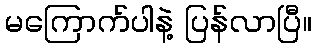
မကြောက်ပါနဲ့ ပြန်လာပြီ။